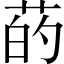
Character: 菂